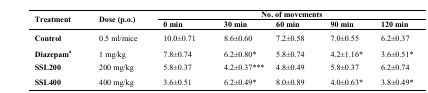
| <ROWSPAN=2> Treatment | <ROWSPAN=2> Dose (p.o.) | <COLSPAN=5> No. of movements |
 | 0 min | 30 min | 60 min | 90 min | 120 min |
 | --- | --- | --- | --- | --- | --- | --- |
 | Control | 0.5 ml/mice | 10.0±0.71 | 8.6±0.60 | 7.2±0.58 | 7.0±0.55 | 6.2±0.37 |
 | Diazepama | 1 mg/kg | 7.8±0.74 | 6.2±0.80* | 5.8±0.74 | 4.2±1.16* | 3.6±0.51* |
 | SSL200 | 200 mg/kg | 5.8±0.37 | 4.2±0.37*** | 4.8±0.49 | 5.8±0.37 | 6.2±0.74 |
 | SSL400 | 400 mg/kg | 3.6±0.51 | 6.2±0.49* | 8.0±0.89 | 4.0±0.63* | 3.8±0.49* |